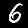
Label: 6